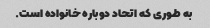
به طوری که اتحاد دوباره خانواده است.